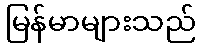
မြန်မာများသည်